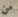
من